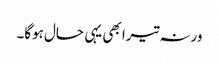
ورنہ تیرا بھی یہی حال ہوگا۔